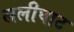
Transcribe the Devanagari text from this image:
ललीघाट